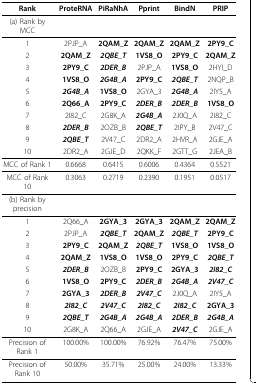
<table><thead><tr><td><b>Rank</b></td><td><b>ProteRNA</b></td><td><b>PiRaNhA</b></td><td><b>Pprint</b></td><td><b>BindN</b></td><td><b>PRIP</b></td></tr></thead><tbody><tr><td>(a) Rank by MCC</td></tr><tr><td>1</td><td>2PJP_A</td><td><b>2QAM_Z</b></td><td><b>2QAM_Z</b></td><td><b>2QAM_Z</b></td><td><b>2PY9_C</b></td></tr><tr><td>2</td><td><b>2QAM_Z</b></td><td><b><i>2QBE_T</i></b></td><td><b>1VS8_O</b></td><td><b>2PY9_C</b></td><td><b>2QAM_Z</b></td></tr><tr><td>3</td><td><b>2PY9_C</b></td><td><b><i>2DER_B</i></b></td><td>2PJP_A</td><td><b>1VS8_O</b></td><td>2HYI_D</td></tr><tr><td>4</td><td><b>1VS8_O</b></td><td><b><i>2G4B_A</i></b></td><td><b>2PY9_C</b></td><td><b><i>2QBE_T</i></b></td><td>2NQP_B</td></tr><tr><td>5</td><td><b><i>2G4B_A</i></b></td><td><b>1VS8_O</b></td><td>2GYA_3</td><td><b><i>2G4B_A</i></b></td><td>2IY5_A</td></tr><tr><td>6</td><td><b>2Q66_A</b></td><td><b>2PY9_C</b></td><td><b><i>2DER_B</i></b></td><td><b><i>2DER_B</i></b></td><td><b>1VS8_O</b></td></tr><tr><td>7</td><td>2I82_C</td><td>2G8K_A</td><td><b><i>2G4B_A</i></b></td><td>2J0Q_A</td><td>2I82_C</td></tr><tr><td>8</td><td><b><i>2DER_B</i></b></td><td>2OZB_B</td><td><b><i>2QBE_T</i></b></td><td>2IPY_B</td><td>2V47_C</td></tr><tr><td>9</td><td><b><i>2QBE_T</i></b></td><td>2V47_C</td><td>2DR2_A</td><td>2HVR_A</td><td>2GJE_A</td></tr><tr><td>10</td><td>2DR2_A</td><td>2GJE_D</td><td>2QKK_F</td><td>2GTT_G</td><td>2JEA_B</td></tr><tr><td>MCC of Rank 1</td><td>0.6668</td><td>0.6415</td><td>0.6006</td><td>0.4364</td><td>0.5521</td></tr><tr><td>MCC of Rank 10</td><td>0.3063</td><td>0.2719</td><td>0.2390</td><td>0.1951</td><td>0.0517</td></tr><tr><td>(b) Rank by precision</td></tr><tr><td>1</td><td>2Q66_A</td><td><b>2GYA_3</b></td><td><b>2GYA_3</b></td><td><b>2QAM_Z</b></td><td><b>2QAM_Z</b></td></tr><tr><td>2</td><td>2PJP_A</td><td><b><i>2QBE_T</i></b></td><td><b>2QAM_Z</b></td><td><b><i>2QBE_T</i></b></td><td><b>2PY9_C</b></td></tr><tr><td>3</td><td><b>2PY9_C</b></td><td><b>2QAM_Z</b></td><td><b><i>2QBE_T</i></b></td><td><b>1VS8_O</b></td><td><b>1VS8_O</b></td></tr><tr><td>4</td><td><b>2QAM_Z</b></td><td><b>1VS8_O</b></td><td><b>1VS8_O</b></td><td><b>2PY9_C</b></td><td><b><i>2QBE_T</i></b></td></tr><tr><td>5</td><td><b><i>2DER_B</i></b></td><td>2OZB_B</td><td><b>2PY9_C</b></td><td><b>2GYA_3</b></td><td><b><i>2I82_C</i></b></td></tr><tr><td>6</td><td><b>1VS8_O</b></td><td><b>2PY9_C</b></td><td><b><i>2DER_B</i></b></td><td><b><i>2G4B_A</i></b></td><td><b><i>2V47_C</i></b></td></tr><tr><td>7</td><td><b>2GYA_3</b></td><td><b><i>2DER_B</i></b></td><td><b><i>2V47_C</i></b></td><td>2J0Q_A</td><td>2IY5_A</td></tr><tr><td>8</td><td><b><i>2I82_C</i></b></td><td><b><i>2V47_C</i></b></td><td><b><i>2I82_C</i></b></td><td><b><i>2I82_C</i></b></td><td><b>2GYA_3</b></td></tr><tr><td>9</td><td><b><i>2QBE_T</i></b></td><td><b><i>2G4B_A</i></b></td><td><b><i>2G4B_A</i></b></td><td><b><i>2DER_B</i></b></td><td><b><i>2G4B_A</i></b></td></tr><tr><td>10</td><td>2G8K_A</td><td>2Q66_A</td><td>2GJE_A</td><td><b><i>2V47_C</i></b></td><td>2GJE_A</td></tr><tr><td>Precision of Rank 1</td><td>100.00%</td><td>100.00%</td><td>76.92%</td><td>76.47%</td><td>75.00%</td></tr><tr><td>Precision of Rank 10</td><td>50.00%</td><td>35.71%</td><td>25.00%</td><td>24.00%</td><td>13.33%</td></tr></tbody></table>